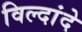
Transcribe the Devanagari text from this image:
विल्दांदे